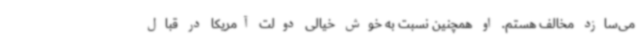
می‌سازد مخالف هستم. او همچنین نسبت به خوش خیالی دولت آمریکا در قبال